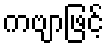
ကဗျာဖြင့်